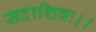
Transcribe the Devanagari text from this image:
सदाशिवः।।